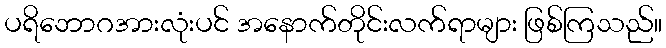
ပရိဘောဂအားလုံးပင် အနောက်တိုင်းလက်ရာများ ဖြစ်ကြသည်။